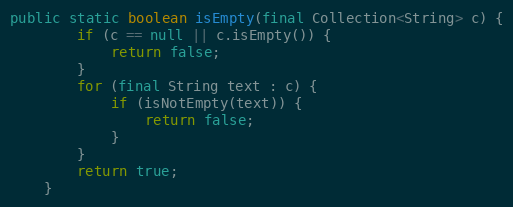
Language: Java
public static boolean isEmpty(final Collection<String> c) {
        if (c == null || c.isEmpty()) {
            return false;
        }
        for (final String text : c) {
            if (isNotEmpty(text)) {
                return false;
            }
        }
        return true;
    }